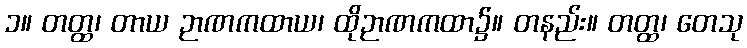
၁။ တတ္ထ၊ တာယ ဉာဏကထာယ၊ ထိုဉာဏကထာ၌။ တနည်း။ တတ္ထ၊ တေသု